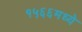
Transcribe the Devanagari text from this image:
१५६६मध्ये